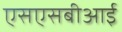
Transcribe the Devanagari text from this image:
एसएसबीआई